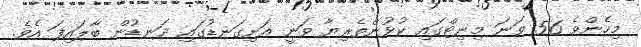
މިހެންވެ 56 ވަނަ މިނިޓްގައި ކުޅުންތެރިޔާ ވަނީ އަށިގަނޑުގައި ދަނޑުން ބާލައިފަ އެވެ.